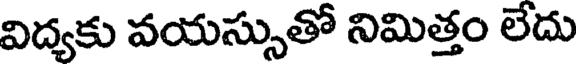
విద్యకు వయస్సుతో నిమిత్తం లేదు